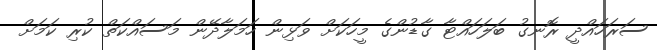
ސަރަހައްދީ ރޮނގު ބަލަހައްޓާ ގާޑުންގެ މީހަކަށް ވަޅިން ހަމަލާދޭން މަސައްކަތް ކުރި ކަމަށް